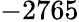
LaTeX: -2765